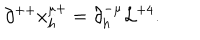
\partial ^ { + + } x _ { h } ^ { \mu + } = \partial _ { h } ^ { - \mu } { \cal L } ^ { + 4 } .